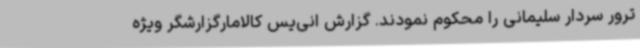
ترور سردار سلیمانی را محکوم نمودند. گزارش انی‌یس کالامارگزارشگر ویژه